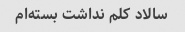
سالاد کلم نداشت بسته‌ام